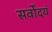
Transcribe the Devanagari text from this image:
सर्वोदयं